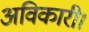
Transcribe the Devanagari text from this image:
अविकारी।